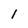
Character: l